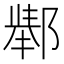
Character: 𲆚